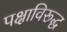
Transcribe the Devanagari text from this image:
पक्षाविरूद्ध